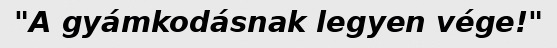
"A gyámkodásnak legyen vége!"